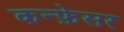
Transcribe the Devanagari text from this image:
कन्फ़ेसर